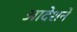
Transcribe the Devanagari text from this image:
आदेशने